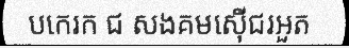
បកេរក ជ សងគមស៊ើជរអួត